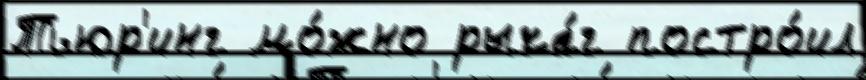
Тьюр'инг мо́жно рыча́г постро́ил